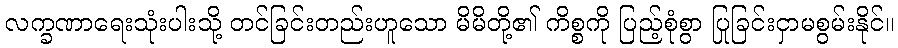
လက္ခဏာရေးသုံးပါးသို့ တင်ခြင်းတည်းဟူသော မိမိတို့၏ ကိစ္စကို ပြည့်စုံစွာ ပြုခြင်းငှာမစွမ်းနိုင်။